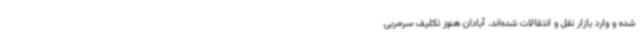
شده و وارد بازار نقل و انتقالات شده‌اند، آبادان هنوز تکلیف سرمربی